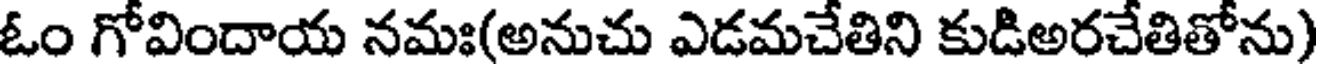
ఓం గోవిందాయ నమః(అనుచు ఎడమచేతిని కుడిఅరచేతితోను)